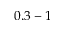
0 . 3 - 1